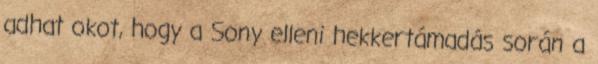
adhat okot, hogy a Sony elleni hekkertámadás során a